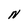
Character: N